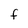
Character: F